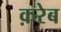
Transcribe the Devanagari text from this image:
क़रेब